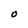
Character: O